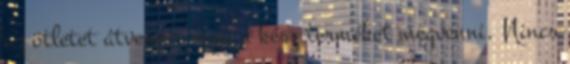
az ötletet átvenni, vagy a kész terméket megvenni. Nincs